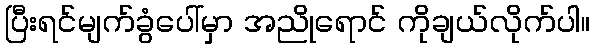
ပြီးရင်မျက်ခွံပေါ်မှာ အညိုရောင် ကိုချယ်လိုက်ပါ။